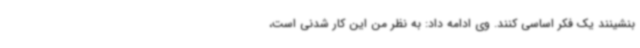
بنشینند یک فکر اساسی کنند. وی ادامه داد: به نظر من این کار شدنی است،